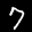
Label: 7